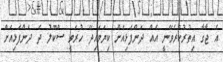
އެ ޖާގާ އިތުރުކުރެވޭނީ އެއް ދަންފަޅިއަށް ކިޔަވައިދޭ ހުރަވީ ސްކޫލު ދެ ދަންފަޅިއަށް